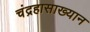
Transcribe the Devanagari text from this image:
चंद्रहासाख्यान